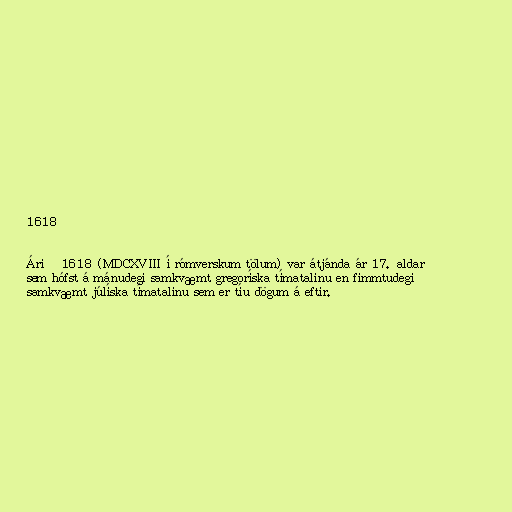
1618

Árið 1618 (MDCXVIII í rómverskum tölum) var átjánda ár 17. aldar
sem hófst á mánudegi samkvæmt gregoríska tímatalinu en fimmtudegi
samkvæmt júlíska tímatalinu sem er tíu dögum á eftir.